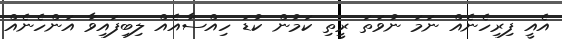
އެއީ ފިރިހެނެއް ނަމަ ނުވަތަ ރީތި ކަމުން ކުޑަ ހިއްސާއެއް ލިބިފައިވާ އަންހެނެއް